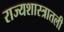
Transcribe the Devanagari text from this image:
राज्यशास्त्रातली